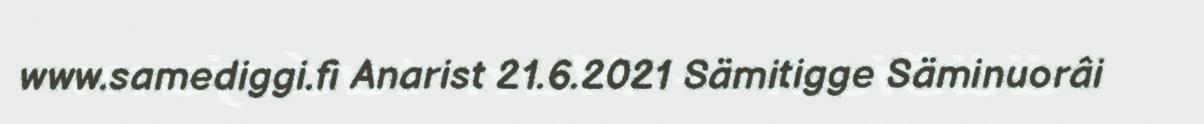
www.samediggi.fi Anarist 21.6.2021 Sämitigge Säminuorâi